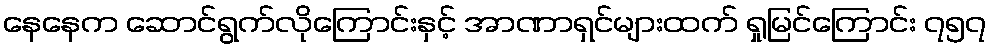
နေနေက ဆောင်ရွက်လိုကြောင်းနှင့် အာဏာရှင်များထက် ရှုမြင်ကြောင်း ၇၅၇